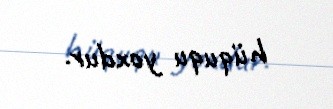
hüququ yoxdur.